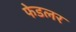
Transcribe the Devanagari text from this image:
फेडलर